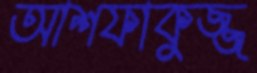
আশফাকুজ্জ